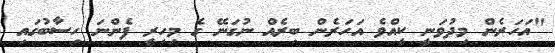
"އަހަރެން މިދުވަނީ ކީއްވެ އަހަރެން ބިރެއް ނުގަނޭ ގެ މިހިރީ ފެންނަ ހިސާބުގައި